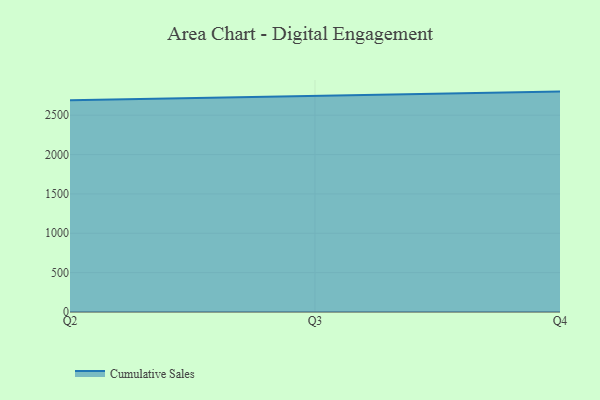
{"axis": {"x": "Quarter", "y": "Demand Index"}, "legend": ["Cumulative Sales"], "data": [{"x": "Q2", "y": 2688.5, "type": "Cumulative Sales"}, {"x": "Q3", "y": 2742.5, "type": "Cumulative Sales"}, {"x": "Q4", "y": 2799.9, "type": "Cumulative Sales"}]}